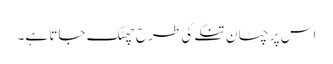
اس پر چٹان تنکے کی طرح چھٹک جاتا ہے۔